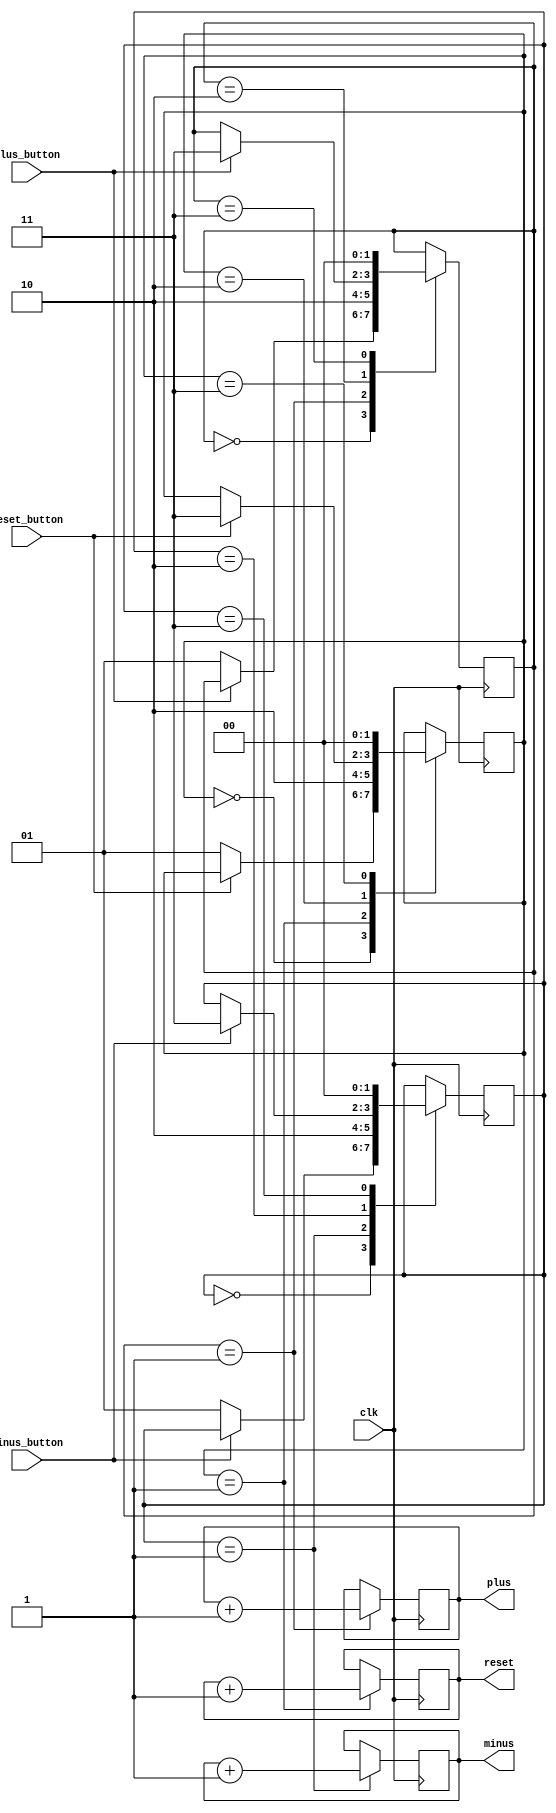
module plusminus_oneshot (/*AUTOARG*/
   // Outputs
   plus, minus, reset,
   // Inputs
   clk, plus_button, minus_button, reset_button
   );
   input clk;
   input plus_button;
   input minus_button;
   input reset_button;
   
   output plus;
   output minus;
   output reset;
   
   reg    a_plus;
   reg 	  a_minus;
   reg 	  a_reset;
   
   reg [1:0] b_plus;
   reg [1:0] b_minus;
   reg [1:0] b_reset;
   /*AUTOREG*/
   // Beginning of automatic regs (for this module's undeclared outputs)
   reg			minus;
   reg			plus;
   reg			reset;
   // End of automatics
   /*AUTOWIRE*/
   
   initial
     begin
	plus = 1'b0;
	minus = 1'b0;
	reset = 1'b0;
     end

   always @(posedge clk) begin
      case (b_plus)
	2'b00:
	  if(a_plus == 1'b1)
	    b_plus <= 2'b01;
	2'b01:
	  begin
	     b_plus <= 2'b10;
	     plus <= plus + 1'b1 ;
	  end
	2'b10:
	  if(a_plus == 1'b0)
	    b_plus <= 2'b11;
	2'b11:
	  b_plus <= 2'b00;
	default:
	  b_plus <= 2'b00;
      endcase // case (b)
   end // always @ (posedge clk)
   
   always @(posedge clk) begin
      case (b_minus)
	2'b00:
	  if(a_minus == 1'b1)
	    b_minus <= 2'b01;
	2'b01:
	  begin
	     b_minus <= 2'b10;
	     minus <= minus + 1'b1 ;
	  end
	2'b10:
	  if(a_minus == 1'b0)
	    b_minus <= 2'b11;
	2'b11:
	  b_minus <= 2'b00;
	default:
	  b_minus <= 2'b00;
      endcase // case (b)
   end // always @ (posedge clk)

   always @(posedge clk) begin
      case (b_reset)
	2'b00:
	  if(a_reset == 1'b1)
	    b_reset <= 2'b01;
	2'b01:
	  begin
	     b_reset <= 2'b10;
	     reset <= reset + 1'b1 ;
	  end
	2'b10:
	  if(a_reset == 1'b0)
	    b_reset <= 2'b11;
	2'b11:
	  b_reset <= 2'b00;
	default:
	  b_reset <= 2'b00;
      endcase // case (b)
   end // always @ (posedge clk)

   always @(*) begin
      a_plus = !plus_button;
      a_minus = !minus_button;
            a_reset = !reset_button;
   end
   
endmodule